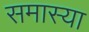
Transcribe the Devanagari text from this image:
समास्या